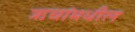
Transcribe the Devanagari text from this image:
ऋचांमधील